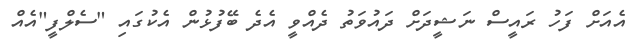
އެއަށް ފަހު ރައީސް ނަޝީދަށް ދައުވަތު ދެއްވީ އެދެ ބޭފުޅުން އެކުގައި "ސެލްފީ"އެއް